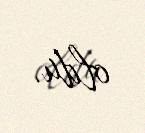
oldu.